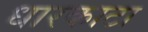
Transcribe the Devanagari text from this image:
धारकाटा